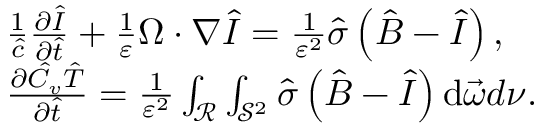
\begin{array} { r l } & { \frac { 1 } { \hat { c } } \frac { \partial \hat { I } } { \partial \hat { t } } + \frac { 1 } { \varepsilon } \Omega \cdot \nabla \hat { I } = \frac { 1 } { \varepsilon ^ { 2 } } \hat { \sigma } \left( \hat { B } - \hat { I } \right) , } \\ & { \frac { \partial \hat { C _ { v } } \hat { T } } { \partial \hat { t } } = \frac { 1 } { \varepsilon ^ { 2 } } \int _ { \mathcal { R } } \int _ { \mathcal { S } ^ { 2 } } \hat { \sigma } \left( \hat { B } - \hat { I } \right) \mathrm { d } \vec { \omega } d \nu . } \end{array}